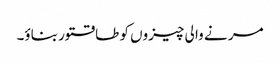
مر نے وا لی چیزوں کو طاقتور بناؤ۔